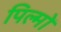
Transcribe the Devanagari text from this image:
पिल्मों